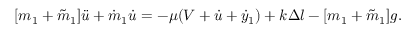
[ m _ { 1 } + \tilde { m } _ { 1 } ] \ddot { u } + \dot { m } _ { 1 } \dot { u } = - \mu ( V + \dot { u } + \dot { y } _ { 1 } ) + k \Delta l - [ m _ { 1 } + \tilde { m } _ { 1 } ] g .